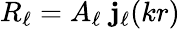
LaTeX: R_{\ell}=A_{\ell}\; \mathbf{j}_{\ell}(kr)